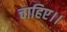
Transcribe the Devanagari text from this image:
चाहिए।।